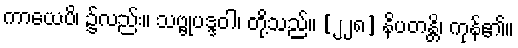
ကာယေပိ၊ ၌လည်း။ သဗ္ဗုပဒ္ဒဝါ၊ တို့သည်။ [၂၂၈] နိပတန္တိ၊ ကုန်၏။